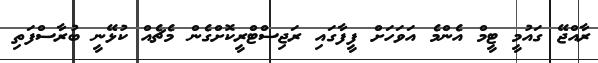
ރާއްޖޭ ގައުމީ ޓީމް އެންމެ އަވަހަށް ފީފާގައި ރަޖިސްޓްރީކޮށްގެން މެޗެއް ކުޅޭނީ ބުރާސްފަތި